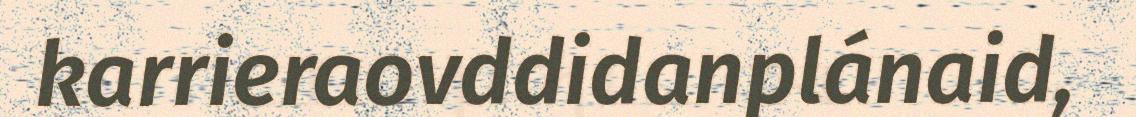
karrieraovddidanplánaid,